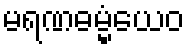
မရဏဓမ္မံယေဝ